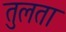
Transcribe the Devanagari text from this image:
तुलता